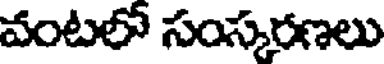
వంటలో సంస్కరణలు